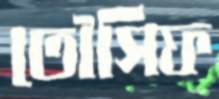
তৌসিফ